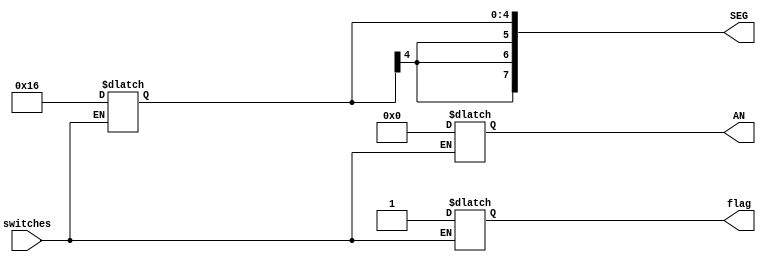
`timescale 1ns / 1ps
//////////////////////////////////////////////////////////////////////////////////
// Company: 
// Engineer: 
// 
// Design Name: 
// Module Name: Subtask_A_Activation
// Project Name: 
// Target Devices: 
// Tool Versions: 
// Description: 
// 
// Dependencies: 
// 
// Revision:
// Revision 0.01 - File Created
// Additional Comments:
// 
//////////////////////////////////////////////////////////////////////////////////


module Subtask_A_Activation(
    input switches, //switch inputs that will be turned on
    output reg [3:0] AN,
    output reg [7:0] SEG,
    output reg flag = 0 // flag to mark completion of subtask to move to next one
    );
    
    // initializing to no display
    initial begin
        AN = 4'b1111;
        SEG = 8'b11111111;
    end
    
    // when switches are turned on, two lines across the 7 segment
    always @ (*) begin
        if (switches == 1) 
        begin
            AN = 4'b0000;
            SEG = 8'b11110110;
            flag = 1;
        end
    end
endmodule